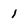
Character: 1